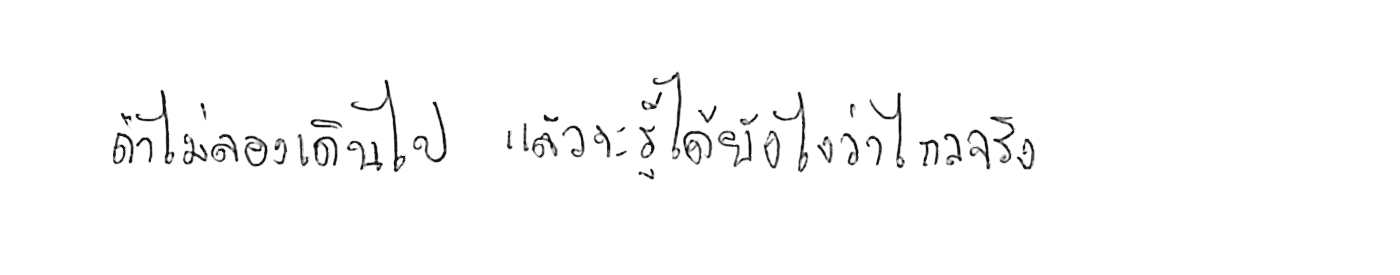
ถ้าไม่ลองเดินไป แล้วจะรู้ได้ยังไงว่าไกลจริง